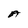
Character: A